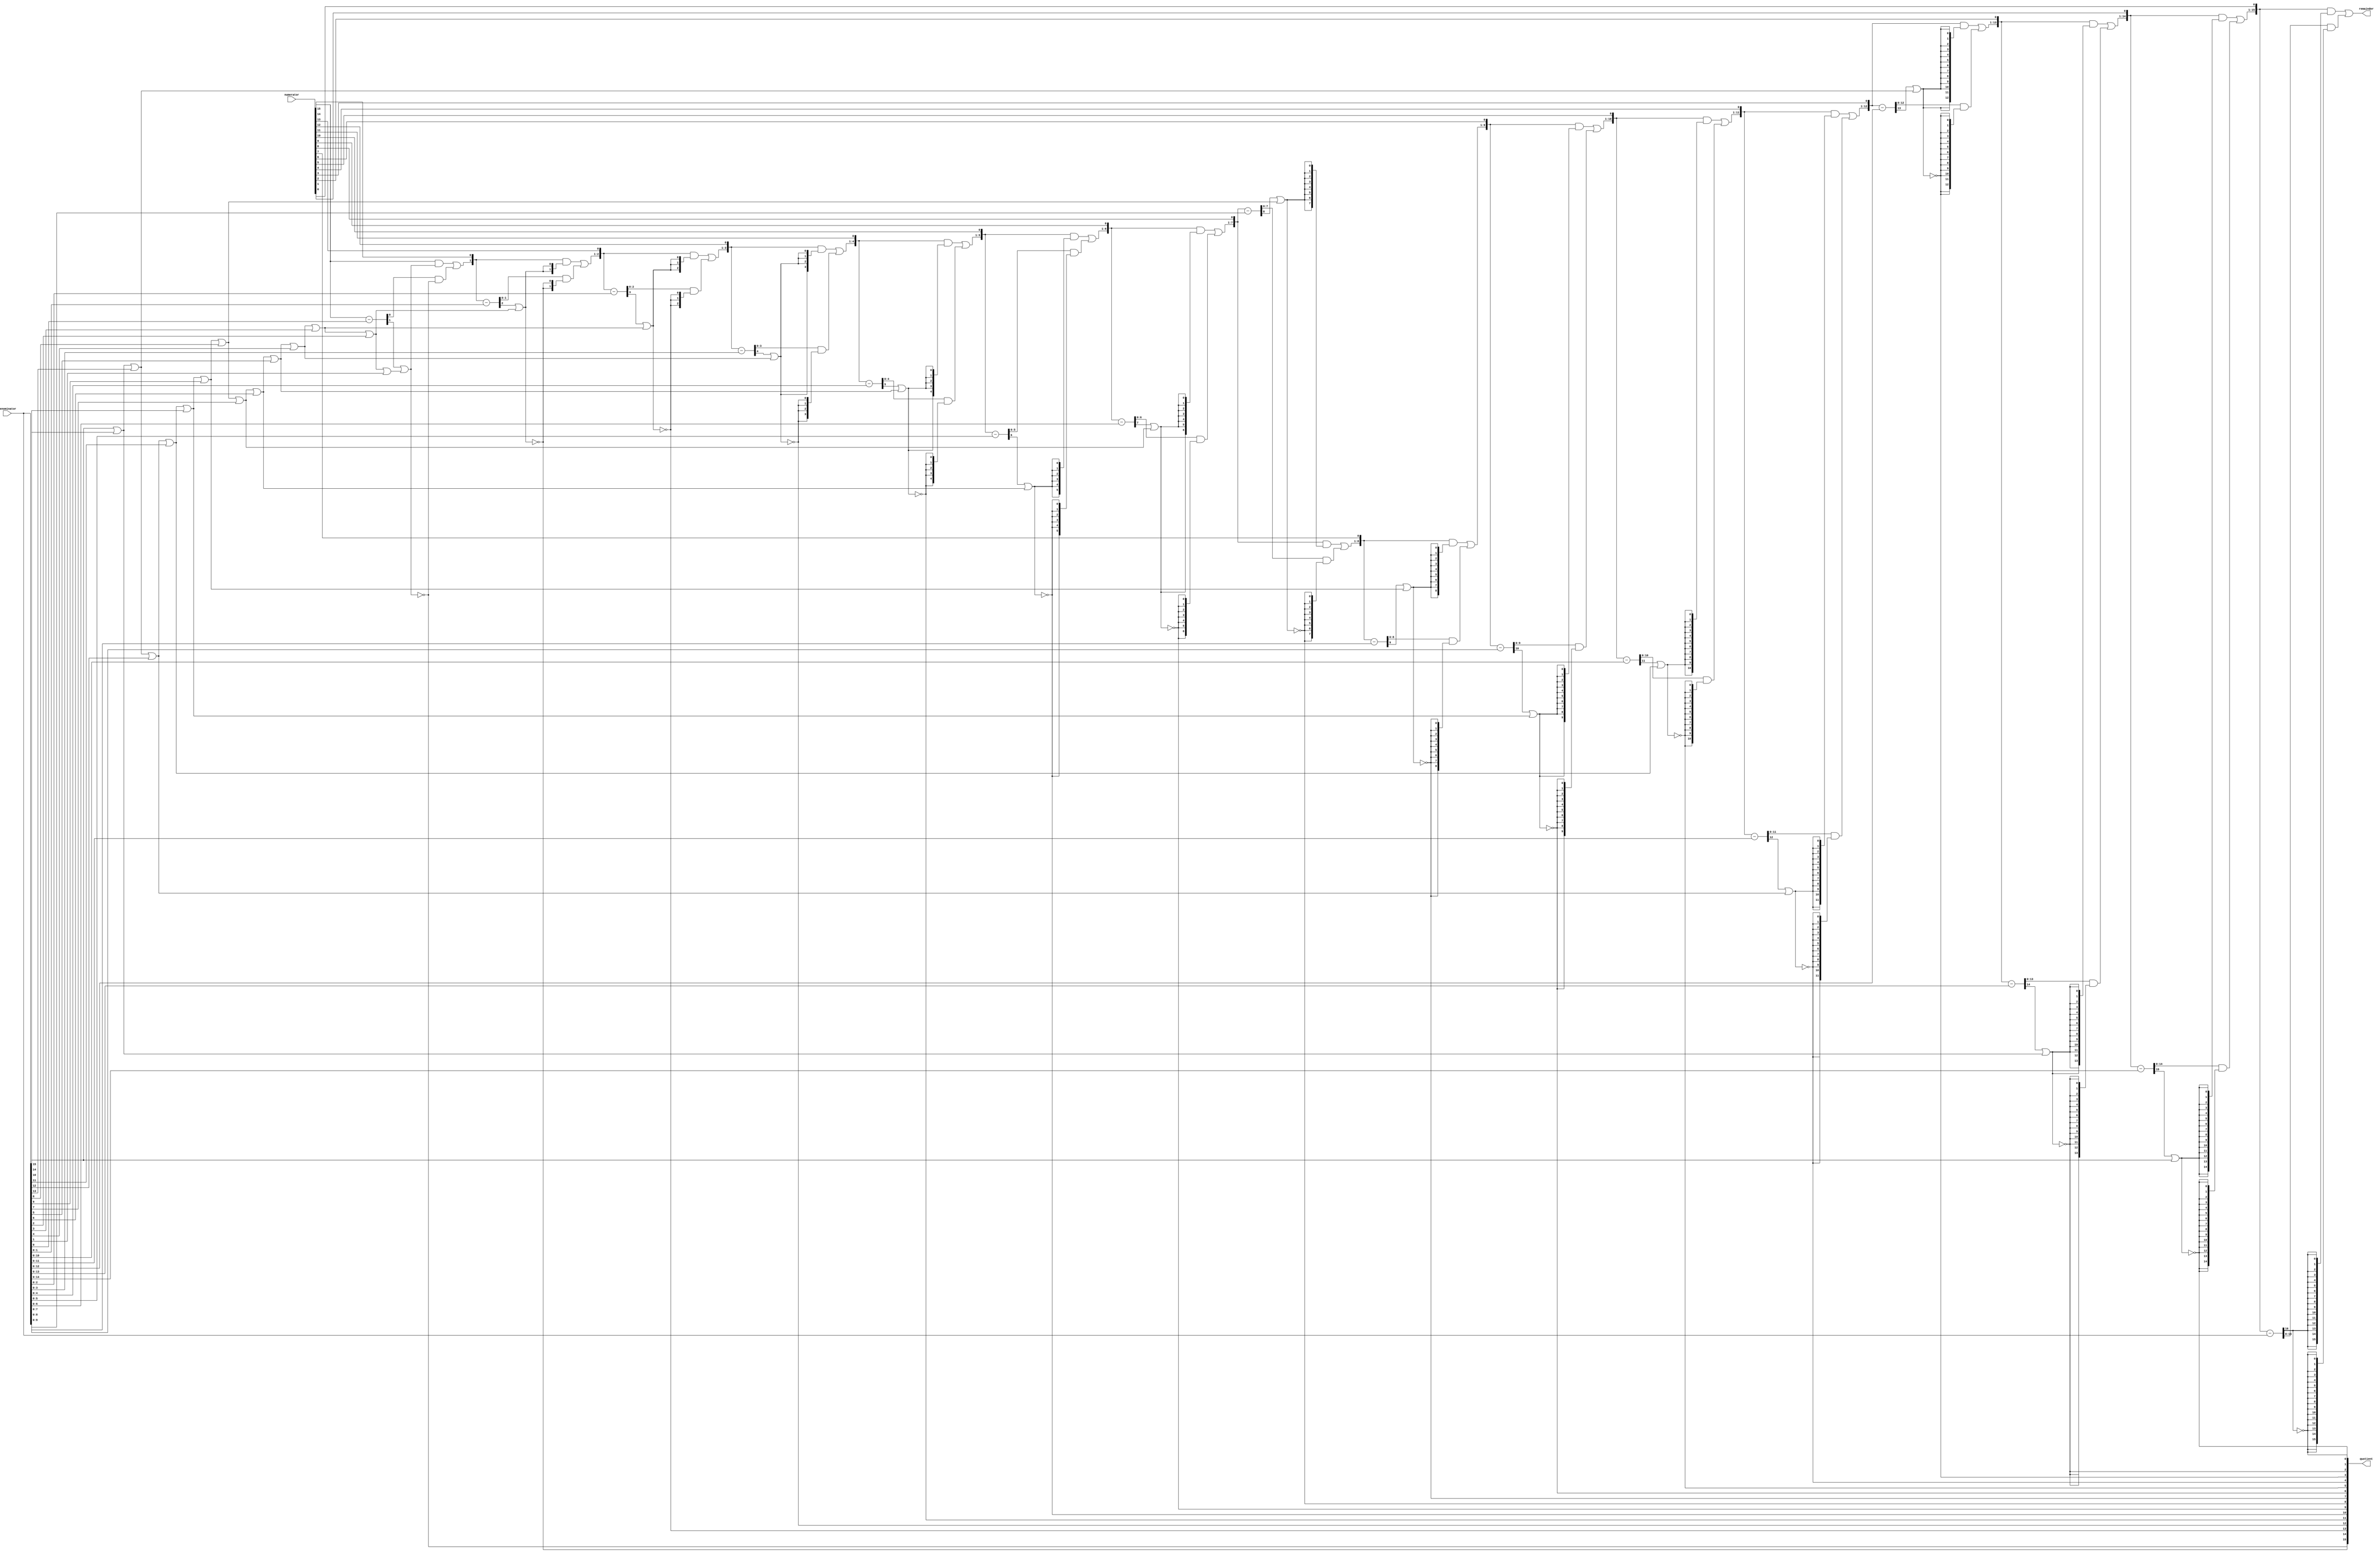
// megafunction wizard: %LPM_DIVIDE%
// GENERATION: STANDARD
// VERSION: WM1.0
// MODULE: LPM_DIVIDE 

// ============================================================
// Megafunction Name(s):
// 			LPM_DIVIDE
//
// Simulation Library Files(s):
// 			lpm
// ============================================================
// ************************************************************
// THIS IS A WIZARD-GENERATED FILE. DO NOT EDIT THIS FILE!
//
// 16.1.2 Build 203 01/18/2017 SJ Standard Edition
// ************************************************************


//Copyright (C) 2017  Intel Corporation. All rights reserved.
//Your use of Intel Corporation's design tools, logic functions 
//and other software and tools, and its AMPP partner logic 
//functions, and any output files from any of the foregoing 
//(including device programming or simulation files), and any 
//associated documentation or information are expressly subject 
//to the terms and conditions of the Intel Program License 
//Subscription Agreement, the Intel Quartus Prime License Agreement,
//the Intel MegaCore Function License Agreement, or other 
//applicable license agreement, including, without limitation, 
//that your use is for the sole purpose of programming logic 
//devices manufactured by Intel and sold by Intel or its 
//authorized distributors.  Please refer to the applicable 
//agreement for further details.


//lpm_divide DEVICE_FAMILY="Cyclone V" LPM_DREPRESENTATION="UNSIGNED" LPM_NREPRESENTATION="UNSIGNED" LPM_REMAINDERPOSITIVE="TRUE" LPM_WIDTHD=16 LPM_WIDTHN=16 MAXIMIZE_SPEED=6 denom numer quotient remain
//VERSION_BEGIN 16.1 cbx_cycloneii 2017:01:18:18:20:37:SJ cbx_lpm_abs 2017:01:18:18:20:37:SJ cbx_lpm_add_sub 2017:01:18:18:20:37:SJ cbx_lpm_divide 2017:01:18:18:20:37:SJ cbx_mgl 2017:01:18:18:27:06:SJ cbx_nadder 2017:01:18:18:20:37:SJ cbx_stratix 2017:01:18:18:20:37:SJ cbx_stratixii 2017:01:18:18:20:37:SJ cbx_util_mgl 2017:01:18:18:20:37:SJ  VERSION_END
// synthesis VERILOG_INPUT_VERSION VERILOG_2001
// altera message_off 10463



//sign_div_unsign DEN_REPRESENTATION="UNSIGNED" DEN_WIDTH=16 LPM_PIPELINE=0 MAXIMIZE_SPEED=6 NUM_REPRESENTATION="UNSIGNED" NUM_WIDTH=16 SKIP_BITS=0 denominator numerator quotient remainder
//VERSION_BEGIN 16.1 cbx_cycloneii 2017:01:18:18:20:37:SJ cbx_lpm_abs 2017:01:18:18:20:37:SJ cbx_lpm_add_sub 2017:01:18:18:20:37:SJ cbx_lpm_divide 2017:01:18:18:20:37:SJ cbx_mgl 2017:01:18:18:27:06:SJ cbx_nadder 2017:01:18:18:20:37:SJ cbx_stratix 2017:01:18:18:20:37:SJ cbx_stratixii 2017:01:18:18:20:37:SJ cbx_util_mgl 2017:01:18:18:20:37:SJ  VERSION_END


//alt_u_div DEVICE_FAMILY="Cyclone V" LPM_PIPELINE=0 MAXIMIZE_SPEED=6 SKIP_BITS=0 WIDTH_D=16 WIDTH_N=16 WIDTH_Q=16 WIDTH_R=16 denominator numerator quotient remainder
//VERSION_BEGIN 16.1 cbx_cycloneii 2017:01:18:18:20:37:SJ cbx_lpm_abs 2017:01:18:18:20:37:SJ cbx_lpm_add_sub 2017:01:18:18:20:37:SJ cbx_lpm_divide 2017:01:18:18:20:37:SJ cbx_mgl 2017:01:18:18:27:06:SJ cbx_nadder 2017:01:18:18:20:37:SJ cbx_stratix 2017:01:18:18:20:37:SJ cbx_stratixii 2017:01:18:18:20:37:SJ cbx_util_mgl 2017:01:18:18:20:37:SJ  VERSION_END


//lpm_add_sub DEVICE_FAMILY="Cyclone V" LPM_DIRECTION="SUB" LPM_WIDTH=1 cout dataa datab result
//VERSION_BEGIN 16.1 cbx_cycloneii 2017:01:18:18:20:37:SJ cbx_lpm_add_sub 2017:01:18:18:20:37:SJ cbx_mgl 2017:01:18:18:27:06:SJ cbx_nadder 2017:01:18:18:20:37:SJ cbx_stratix 2017:01:18:18:20:37:SJ cbx_stratixii 2017:01:18:18:20:37:SJ  VERSION_END


//lpm_add_sub DEVICE_FAMILY="Cyclone V" LPM_DIRECTION="SUB" LPM_WIDTH=2 cout dataa datab result
//VERSION_BEGIN 16.1 cbx_cycloneii 2017:01:18:18:20:37:SJ cbx_lpm_add_sub 2017:01:18:18:20:37:SJ cbx_mgl 2017:01:18:18:27:06:SJ cbx_nadder 2017:01:18:18:20:37:SJ cbx_stratix 2017:01:18:18:20:37:SJ cbx_stratixii 2017:01:18:18:20:37:SJ  VERSION_END


//lpm_add_sub DEVICE_FAMILY="Cyclone V" LPM_DIRECTION="SUB" LPM_WIDTH=11 cout dataa datab result
//VERSION_BEGIN 16.1 cbx_cycloneii 2017:01:18:18:20:37:SJ cbx_lpm_add_sub 2017:01:18:18:20:37:SJ cbx_mgl 2017:01:18:18:27:06:SJ cbx_nadder 2017:01:18:18:20:37:SJ cbx_stratix 2017:01:18:18:20:37:SJ cbx_stratixii 2017:01:18:18:20:37:SJ  VERSION_END


//lpm_add_sub DEVICE_FAMILY="Cyclone V" LPM_DIRECTION="SUB" LPM_WIDTH=12 cout dataa datab result
//VERSION_BEGIN 16.1 cbx_cycloneii 2017:01:18:18:20:37:SJ cbx_lpm_add_sub 2017:01:18:18:20:37:SJ cbx_mgl 2017:01:18:18:27:06:SJ cbx_nadder 2017:01:18:18:20:37:SJ cbx_stratix 2017:01:18:18:20:37:SJ cbx_stratixii 2017:01:18:18:20:37:SJ  VERSION_END


//lpm_add_sub DEVICE_FAMILY="Cyclone V" LPM_DIRECTION="SUB" LPM_WIDTH=13 cout dataa datab result
//VERSION_BEGIN 16.1 cbx_cycloneii 2017:01:18:18:20:37:SJ cbx_lpm_add_sub 2017:01:18:18:20:37:SJ cbx_mgl 2017:01:18:18:27:06:SJ cbx_nadder 2017:01:18:18:20:37:SJ cbx_stratix 2017:01:18:18:20:37:SJ cbx_stratixii 2017:01:18:18:20:37:SJ  VERSION_END


//lpm_add_sub DEVICE_FAMILY="Cyclone V" LPM_DIRECTION="SUB" LPM_WIDTH=14 cout dataa datab result
//VERSION_BEGIN 16.1 cbx_cycloneii 2017:01:18:18:20:37:SJ cbx_lpm_add_sub 2017:01:18:18:20:37:SJ cbx_mgl 2017:01:18:18:27:06:SJ cbx_nadder 2017:01:18:18:20:37:SJ cbx_stratix 2017:01:18:18:20:37:SJ cbx_stratixii 2017:01:18:18:20:37:SJ  VERSION_END


//lpm_add_sub DEVICE_FAMILY="Cyclone V" LPM_DIRECTION="SUB" LPM_WIDTH=15 cout dataa datab result
//VERSION_BEGIN 16.1 cbx_cycloneii 2017:01:18:18:20:37:SJ cbx_lpm_add_sub 2017:01:18:18:20:37:SJ cbx_mgl 2017:01:18:18:27:06:SJ cbx_nadder 2017:01:18:18:20:37:SJ cbx_stratix 2017:01:18:18:20:37:SJ cbx_stratixii 2017:01:18:18:20:37:SJ  VERSION_END


//lpm_add_sub DEVICE_FAMILY="Cyclone V" LPM_DIRECTION="SUB" LPM_WIDTH=16 cout dataa datab result
//VERSION_BEGIN 16.1 cbx_cycloneii 2017:01:18:18:20:37:SJ cbx_lpm_add_sub 2017:01:18:18:20:37:SJ cbx_mgl 2017:01:18:18:27:06:SJ cbx_nadder 2017:01:18:18:20:37:SJ cbx_stratix 2017:01:18:18:20:37:SJ cbx_stratixii 2017:01:18:18:20:37:SJ  VERSION_END


//lpm_add_sub DEVICE_FAMILY="Cyclone V" LPM_DIRECTION="SUB" LPM_WIDTH=3 cout dataa datab result
//VERSION_BEGIN 16.1 cbx_cycloneii 2017:01:18:18:20:37:SJ cbx_lpm_add_sub 2017:01:18:18:20:37:SJ cbx_mgl 2017:01:18:18:27:06:SJ cbx_nadder 2017:01:18:18:20:37:SJ cbx_stratix 2017:01:18:18:20:37:SJ cbx_stratixii 2017:01:18:18:20:37:SJ  VERSION_END


//lpm_add_sub DEVICE_FAMILY="Cyclone V" LPM_DIRECTION="SUB" LPM_WIDTH=4 cout dataa datab result
//VERSION_BEGIN 16.1 cbx_cycloneii 2017:01:18:18:20:37:SJ cbx_lpm_add_sub 2017:01:18:18:20:37:SJ cbx_mgl 2017:01:18:18:27:06:SJ cbx_nadder 2017:01:18:18:20:37:SJ cbx_stratix 2017:01:18:18:20:37:SJ cbx_stratixii 2017:01:18:18:20:37:SJ  VERSION_END


//lpm_add_sub DEVICE_FAMILY="Cyclone V" LPM_DIRECTION="SUB" LPM_WIDTH=5 cout dataa datab result
//VERSION_BEGIN 16.1 cbx_cycloneii 2017:01:18:18:20:37:SJ cbx_lpm_add_sub 2017:01:18:18:20:37:SJ cbx_mgl 2017:01:18:18:27:06:SJ cbx_nadder 2017:01:18:18:20:37:SJ cbx_stratix 2017:01:18:18:20:37:SJ cbx_stratixii 2017:01:18:18:20:37:SJ  VERSION_END


//lpm_add_sub DEVICE_FAMILY="Cyclone V" LPM_DIRECTION="SUB" LPM_WIDTH=6 cout dataa datab result
//VERSION_BEGIN 16.1 cbx_cycloneii 2017:01:18:18:20:37:SJ cbx_lpm_add_sub 2017:01:18:18:20:37:SJ cbx_mgl 2017:01:18:18:27:06:SJ cbx_nadder 2017:01:18:18:20:37:SJ cbx_stratix 2017:01:18:18:20:37:SJ cbx_stratixii 2017:01:18:18:20:37:SJ  VERSION_END


//lpm_add_sub DEVICE_FAMILY="Cyclone V" LPM_DIRECTION="SUB" LPM_WIDTH=7 cout dataa datab result
//VERSION_BEGIN 16.1 cbx_cycloneii 2017:01:18:18:20:37:SJ cbx_lpm_add_sub 2017:01:18:18:20:37:SJ cbx_mgl 2017:01:18:18:27:06:SJ cbx_nadder 2017:01:18:18:20:37:SJ cbx_stratix 2017:01:18:18:20:37:SJ cbx_stratixii 2017:01:18:18:20:37:SJ  VERSION_END


//lpm_add_sub DEVICE_FAMILY="Cyclone V" LPM_DIRECTION="SUB" LPM_WIDTH=8 cout dataa datab result
//VERSION_BEGIN 16.1 cbx_cycloneii 2017:01:18:18:20:37:SJ cbx_lpm_add_sub 2017:01:18:18:20:37:SJ cbx_mgl 2017:01:18:18:27:06:SJ cbx_nadder 2017:01:18:18:20:37:SJ cbx_stratix 2017:01:18:18:20:37:SJ cbx_stratixii 2017:01:18:18:20:37:SJ  VERSION_END


//lpm_add_sub DEVICE_FAMILY="Cyclone V" LPM_DIRECTION="SUB" LPM_WIDTH=9 cout dataa datab result
//VERSION_BEGIN 16.1 cbx_cycloneii 2017:01:18:18:20:37:SJ cbx_lpm_add_sub 2017:01:18:18:20:37:SJ cbx_mgl 2017:01:18:18:27:06:SJ cbx_nadder 2017:01:18:18:20:37:SJ cbx_stratix 2017:01:18:18:20:37:SJ cbx_stratixii 2017:01:18:18:20:37:SJ  VERSION_END


//lpm_add_sub DEVICE_FAMILY="Cyclone V" LPM_DIRECTION="SUB" LPM_WIDTH=10 cout dataa datab result
//VERSION_BEGIN 16.1 cbx_cycloneii 2017:01:18:18:20:37:SJ cbx_lpm_add_sub 2017:01:18:18:20:37:SJ cbx_mgl 2017:01:18:18:27:06:SJ cbx_nadder 2017:01:18:18:20:37:SJ cbx_stratix 2017:01:18:18:20:37:SJ cbx_stratixii 2017:01:18:18:20:37:SJ  VERSION_END

//synthesis_resources = lut 152 
//synopsys translate_off
`timescale 1 ps / 1 ps
//synopsys translate_on
module  peak_divide_alt_u_div
	( 
	denominator,
	numerator,
	quotient,
	remainder) /* synthesis synthesis_clearbox=1 */;
	input   [15:0]  denominator;
	input   [15:0]  numerator;
	output   [15:0]  quotient;
	output   [15:0]  remainder;

	wire	[1:0]	wire_add_sub_0_result_int;
	wire	wire_add_sub_0_cout;
	wire	[0:0]	wire_add_sub_0_dataa;
	wire	[0:0]	wire_add_sub_0_datab;
	wire	[0:0]	wire_add_sub_0_result;
	wire	[2:0]	wire_add_sub_1_result_int;
	wire	wire_add_sub_1_cout;
	wire	[1:0]	wire_add_sub_1_dataa;
	wire	[1:0]	wire_add_sub_1_datab;
	wire	[1:0]	wire_add_sub_1_result;
	wire	[11:0]	wire_add_sub_10_result_int;
	wire	wire_add_sub_10_cout;
	wire	[10:0]	wire_add_sub_10_dataa;
	wire	[10:0]	wire_add_sub_10_datab;
	wire	[10:0]	wire_add_sub_10_result;
	wire	[12:0]	wire_add_sub_11_result_int;
	wire	wire_add_sub_11_cout;
	wire	[11:0]	wire_add_sub_11_dataa;
	wire	[11:0]	wire_add_sub_11_datab;
	wire	[11:0]	wire_add_sub_11_result;
	wire	[13:0]	wire_add_sub_12_result_int;
	wire	wire_add_sub_12_cout;
	wire	[12:0]	wire_add_sub_12_dataa;
	wire	[12:0]	wire_add_sub_12_datab;
	wire	[12:0]	wire_add_sub_12_result;
	wire	[14:0]	wire_add_sub_13_result_int;
	wire	wire_add_sub_13_cout;
	wire	[13:0]	wire_add_sub_13_dataa;
	wire	[13:0]	wire_add_sub_13_datab;
	wire	[13:0]	wire_add_sub_13_result;
	wire	[15:0]	wire_add_sub_14_result_int;
	wire	wire_add_sub_14_cout;
	wire	[14:0]	wire_add_sub_14_dataa;
	wire	[14:0]	wire_add_sub_14_datab;
	wire	[14:0]	wire_add_sub_14_result;
	wire	[16:0]	wire_add_sub_15_result_int;
	wire	wire_add_sub_15_cout;
	wire	[15:0]	wire_add_sub_15_dataa;
	wire	[15:0]	wire_add_sub_15_datab;
	wire	[15:0]	wire_add_sub_15_result;
	wire	[3:0]	wire_add_sub_2_result_int;
	wire	wire_add_sub_2_cout;
	wire	[2:0]	wire_add_sub_2_dataa;
	wire	[2:0]	wire_add_sub_2_datab;
	wire	[2:0]	wire_add_sub_2_result;
	wire	[4:0]	wire_add_sub_3_result_int;
	wire	wire_add_sub_3_cout;
	wire	[3:0]	wire_add_sub_3_dataa;
	wire	[3:0]	wire_add_sub_3_datab;
	wire	[3:0]	wire_add_sub_3_result;
	wire	[5:0]	wire_add_sub_4_result_int;
	wire	wire_add_sub_4_cout;
	wire	[4:0]	wire_add_sub_4_dataa;
	wire	[4:0]	wire_add_sub_4_datab;
	wire	[4:0]	wire_add_sub_4_result;
	wire	[6:0]	wire_add_sub_5_result_int;
	wire	wire_add_sub_5_cout;
	wire	[5:0]	wire_add_sub_5_dataa;
	wire	[5:0]	wire_add_sub_5_datab;
	wire	[5:0]	wire_add_sub_5_result;
	wire	[7:0]	wire_add_sub_6_result_int;
	wire	wire_add_sub_6_cout;
	wire	[6:0]	wire_add_sub_6_dataa;
	wire	[6:0]	wire_add_sub_6_datab;
	wire	[6:0]	wire_add_sub_6_result;
	wire	[8:0]	wire_add_sub_7_result_int;
	wire	wire_add_sub_7_cout;
	wire	[7:0]	wire_add_sub_7_dataa;
	wire	[7:0]	wire_add_sub_7_datab;
	wire	[7:0]	wire_add_sub_7_result;
	wire	[9:0]	wire_add_sub_8_result_int;
	wire	wire_add_sub_8_cout;
	wire	[8:0]	wire_add_sub_8_dataa;
	wire	[8:0]	wire_add_sub_8_datab;
	wire	[8:0]	wire_add_sub_8_result;
	wire	[10:0]	wire_add_sub_9_result_int;
	wire	wire_add_sub_9_cout;
	wire	[9:0]	wire_add_sub_9_dataa;
	wire	[9:0]	wire_add_sub_9_datab;
	wire	[9:0]	wire_add_sub_9_result;
	wire  [288:0]  DenominatorIn;
	wire  [288:0]  DenominatorIn_tmp;
	wire  gnd_wire;
	wire  [271:0]  nose;
	wire  [271:0]  NumeratorIn;
	wire  [271:0]  NumeratorIn_tmp;
	wire  [255:0]  prestg;
	wire  [15:0]  quotient_tmp;
	wire  [271:0]  sel;
	wire  [271:0]  selnose;
	wire  [271:0]  StageIn;
	wire  [271:0]  StageIn_tmp;
	wire  [255:0]  StageOut;

	assign
		wire_add_sub_0_result_int = wire_add_sub_0_dataa - wire_add_sub_0_datab;
	assign
		wire_add_sub_0_result = wire_add_sub_0_result_int[0:0],
		wire_add_sub_0_cout = ~wire_add_sub_0_result_int[1:1];
	assign
		wire_add_sub_0_dataa = NumeratorIn[15],
		wire_add_sub_0_datab = DenominatorIn[0];
	assign
		wire_add_sub_1_result_int = wire_add_sub_1_dataa - wire_add_sub_1_datab;
	assign
		wire_add_sub_1_result = wire_add_sub_1_result_int[1:0],
		wire_add_sub_1_cout = ~wire_add_sub_1_result_int[2:2];
	assign
		wire_add_sub_1_dataa = {StageIn[16], NumeratorIn[30]},
		wire_add_sub_1_datab = DenominatorIn[18:17];
	assign
		wire_add_sub_10_result_int = wire_add_sub_10_dataa - wire_add_sub_10_datab;
	assign
		wire_add_sub_10_result = wire_add_sub_10_result_int[10:0],
		wire_add_sub_10_cout = ~wire_add_sub_10_result_int[11:11];
	assign
		wire_add_sub_10_dataa = {StageIn[169:160], NumeratorIn[165]},
		wire_add_sub_10_datab = DenominatorIn[180:170];
	assign
		wire_add_sub_11_result_int = wire_add_sub_11_dataa - wire_add_sub_11_datab;
	assign
		wire_add_sub_11_result = wire_add_sub_11_result_int[11:0],
		wire_add_sub_11_cout = ~wire_add_sub_11_result_int[12:12];
	assign
		wire_add_sub_11_dataa = {StageIn[186:176], NumeratorIn[180]},
		wire_add_sub_11_datab = DenominatorIn[198:187];
	assign
		wire_add_sub_12_result_int = wire_add_sub_12_dataa - wire_add_sub_12_datab;
	assign
		wire_add_sub_12_result = wire_add_sub_12_result_int[12:0],
		wire_add_sub_12_cout = ~wire_add_sub_12_result_int[13:13];
	assign
		wire_add_sub_12_dataa = {StageIn[203:192], NumeratorIn[195]},
		wire_add_sub_12_datab = DenominatorIn[216:204];
	assign
		wire_add_sub_13_result_int = wire_add_sub_13_dataa - wire_add_sub_13_datab;
	assign
		wire_add_sub_13_result = wire_add_sub_13_result_int[13:0],
		wire_add_sub_13_cout = ~wire_add_sub_13_result_int[14:14];
	assign
		wire_add_sub_13_dataa = {StageIn[220:208], NumeratorIn[210]},
		wire_add_sub_13_datab = DenominatorIn[234:221];
	assign
		wire_add_sub_14_result_int = wire_add_sub_14_dataa - wire_add_sub_14_datab;
	assign
		wire_add_sub_14_result = wire_add_sub_14_result_int[14:0],
		wire_add_sub_14_cout = ~wire_add_sub_14_result_int[15:15];
	assign
		wire_add_sub_14_dataa = {StageIn[237:224], NumeratorIn[225]},
		wire_add_sub_14_datab = DenominatorIn[252:238];
	assign
		wire_add_sub_15_result_int = wire_add_sub_15_dataa - wire_add_sub_15_datab;
	assign
		wire_add_sub_15_result = wire_add_sub_15_result_int[15:0],
		wire_add_sub_15_cout = ~wire_add_sub_15_result_int[16:16];
	assign
		wire_add_sub_15_dataa = {StageIn[254:240], NumeratorIn[240]},
		wire_add_sub_15_datab = DenominatorIn[270:255];
	assign
		wire_add_sub_2_result_int = wire_add_sub_2_dataa - wire_add_sub_2_datab;
	assign
		wire_add_sub_2_result = wire_add_sub_2_result_int[2:0],
		wire_add_sub_2_cout = ~wire_add_sub_2_result_int[3:3];
	assign
		wire_add_sub_2_dataa = {StageIn[33:32], NumeratorIn[45]},
		wire_add_sub_2_datab = DenominatorIn[36:34];
	assign
		wire_add_sub_3_result_int = wire_add_sub_3_dataa - wire_add_sub_3_datab;
	assign
		wire_add_sub_3_result = wire_add_sub_3_result_int[3:0],
		wire_add_sub_3_cout = ~wire_add_sub_3_result_int[4:4];
	assign
		wire_add_sub_3_dataa = {StageIn[50:48], NumeratorIn[60]},
		wire_add_sub_3_datab = DenominatorIn[54:51];
	assign
		wire_add_sub_4_result_int = wire_add_sub_4_dataa - wire_add_sub_4_datab;
	assign
		wire_add_sub_4_result = wire_add_sub_4_result_int[4:0],
		wire_add_sub_4_cout = ~wire_add_sub_4_result_int[5:5];
	assign
		wire_add_sub_4_dataa = {StageIn[67:64], NumeratorIn[75]},
		wire_add_sub_4_datab = DenominatorIn[72:68];
	assign
		wire_add_sub_5_result_int = wire_add_sub_5_dataa - wire_add_sub_5_datab;
	assign
		wire_add_sub_5_result = wire_add_sub_5_result_int[5:0],
		wire_add_sub_5_cout = ~wire_add_sub_5_result_int[6:6];
	assign
		wire_add_sub_5_dataa = {StageIn[84:80], NumeratorIn[90]},
		wire_add_sub_5_datab = DenominatorIn[90:85];
	assign
		wire_add_sub_6_result_int = wire_add_sub_6_dataa - wire_add_sub_6_datab;
	assign
		wire_add_sub_6_result = wire_add_sub_6_result_int[6:0],
		wire_add_sub_6_cout = ~wire_add_sub_6_result_int[7:7];
	assign
		wire_add_sub_6_dataa = {StageIn[101:96], NumeratorIn[105]},
		wire_add_sub_6_datab = DenominatorIn[108:102];
	assign
		wire_add_sub_7_result_int = wire_add_sub_7_dataa - wire_add_sub_7_datab;
	assign
		wire_add_sub_7_result = wire_add_sub_7_result_int[7:0],
		wire_add_sub_7_cout = ~wire_add_sub_7_result_int[8:8];
	assign
		wire_add_sub_7_dataa = {StageIn[118:112], NumeratorIn[120]},
		wire_add_sub_7_datab = DenominatorIn[126:119];
	assign
		wire_add_sub_8_result_int = wire_add_sub_8_dataa - wire_add_sub_8_datab;
	assign
		wire_add_sub_8_result = wire_add_sub_8_result_int[8:0],
		wire_add_sub_8_cout = ~wire_add_sub_8_result_int[9:9];
	assign
		wire_add_sub_8_dataa = {StageIn[135:128], NumeratorIn[135]},
		wire_add_sub_8_datab = DenominatorIn[144:136];
	assign
		wire_add_sub_9_result_int = wire_add_sub_9_dataa - wire_add_sub_9_datab;
	assign
		wire_add_sub_9_result = wire_add_sub_9_result_int[9:0],
		wire_add_sub_9_cout = ~wire_add_sub_9_result_int[10:10];
	assign
		wire_add_sub_9_dataa = {StageIn[152:144], NumeratorIn[150]},
		wire_add_sub_9_datab = DenominatorIn[162:153];
	assign
		DenominatorIn = DenominatorIn_tmp,
		DenominatorIn_tmp = {DenominatorIn[271:0], {gnd_wire, denominator}},
		gnd_wire = 1'b0,
		nose = {{16{1'b0}}, wire_add_sub_15_cout, {16{1'b0}}, wire_add_sub_14_cout, {16{1'b0}}, wire_add_sub_13_cout, {16{1'b0}}, wire_add_sub_12_cout, {16{1'b0}}, wire_add_sub_11_cout, {16{1'b0}}, wire_add_sub_10_cout, {16{1'b0}}, wire_add_sub_9_cout, {16{1'b0}}, wire_add_sub_8_cout, {16{1'b0}}, wire_add_sub_7_cout, {16{1'b0}}, wire_add_sub_6_cout, {16{1'b0}}, wire_add_sub_5_cout, {16{1'b0}}, wire_add_sub_4_cout, {16{1'b0}}, wire_add_sub_3_cout, {16{1'b0}}, wire_add_sub_2_cout, {16{1'b0}}, wire_add_sub_1_cout, {16{1'b0}}, wire_add_sub_0_cout},
		NumeratorIn = NumeratorIn_tmp,
		NumeratorIn_tmp = {NumeratorIn[255:0], numerator},
		prestg = {wire_add_sub_15_result, {1{1'b0}}, wire_add_sub_14_result, {2{1'b0}}, wire_add_sub_13_result, {3{1'b0}}, wire_add_sub_12_result, {4{1'b0}}, wire_add_sub_11_result, {5{1'b0}}, wire_add_sub_10_result, {6{1'b0}}, wire_add_sub_9_result, {7{1'b0}}, wire_add_sub_8_result, {8{1'b0}}, wire_add_sub_7_result, {9{1'b0}}, wire_add_sub_6_result, {10{1'b0}}, wire_add_sub_5_result, {11{1'b0}}, wire_add_sub_4_result, {12{1'b0}}, wire_add_sub_3_result, {13{1'b0}}, wire_add_sub_2_result, {14{1'b0}}, wire_add_sub_1_result, {15{1'b0}}, wire_add_sub_0_result},
		quotient = quotient_tmp,
		quotient_tmp = {(~ selnose[0]), (~ selnose[17]), (~ selnose[34]), (~ selnose[51]), (~ selnose[68]), (~ selnose[85]), (~ selnose[102]), (~ selnose[119]), (~ selnose[136]), (~ selnose[153]), (~ selnose[170]), (~ selnose[187]), (~ selnose[204]), (~ selnose[221]), (~ selnose[238]), (~ selnose[255])},
		remainder = StageIn[271:256],
		sel = {gnd_wire, (sel[271] | DenominatorIn[287]), (sel[270] | DenominatorIn[286]), (sel[269] | DenominatorIn[285]), (sel[268] | DenominatorIn[284]), (sel[267] | DenominatorIn[283]), (sel[266] | DenominatorIn[282]), (sel[265] | DenominatorIn[281]), (sel[264] | DenominatorIn[280]), (sel[263] | DenominatorIn[279]), (sel[262] | DenominatorIn[278]), (sel[261] | DenominatorIn[277]), (sel[260] | DenominatorIn[276]), (sel[259] | DenominatorIn[275]), (sel[258] | DenominatorIn[274]), (sel[257] | DenominatorIn[273]), gnd_wire, (sel[255] | DenominatorIn[270]), (sel[254] | DenominatorIn[269]), (sel[253] | DenominatorIn[268]), (sel[252] | DenominatorIn[267]), (sel[251] | DenominatorIn[266]), (sel[250] | DenominatorIn[265]), (sel[249] | DenominatorIn[264]), (sel[248] | DenominatorIn[263]), (sel[247] | DenominatorIn[262]), (sel[246] | DenominatorIn[261]), (sel[245] | DenominatorIn[260]), (sel[244] | DenominatorIn[259]), (sel[243] | DenominatorIn[258]), (sel[242] | DenominatorIn[257]), (sel[241] | DenominatorIn[256]), gnd_wire, (sel[239] | DenominatorIn[253]), (sel[238] | DenominatorIn[252]), (sel[237] | DenominatorIn[251]), (sel[236] | DenominatorIn[250]), (sel[235] | DenominatorIn[249]), (sel[234] | DenominatorIn[248]), (sel[233] | DenominatorIn[247]), (sel[232] | DenominatorIn[246]), (sel[231] | DenominatorIn[245]), (sel[230] | DenominatorIn[244]), (sel[229] | DenominatorIn[243]), (sel[228] | DenominatorIn[242]), (sel[227] | DenominatorIn[241]), (sel[226] | DenominatorIn[240]), (sel[225] | DenominatorIn[239]), gnd_wire, (sel[223] | DenominatorIn[236]), (sel[222] | DenominatorIn[235]), (sel[221] | DenominatorIn[234]), (sel[220] | DenominatorIn[233]), (sel[219] | DenominatorIn[232]), (sel[218] | DenominatorIn[231]), (sel[217] | DenominatorIn[230]), (sel[216] | DenominatorIn[229]), (sel[215] | DenominatorIn[228]), (sel[214] | DenominatorIn[227]), (sel[213] | DenominatorIn[226]), (sel[212] | DenominatorIn[225]), (sel[211] | DenominatorIn[224]), (sel[210] | DenominatorIn[223]), (sel[209] | DenominatorIn[222]), gnd_wire, (sel[207]
 | DenominatorIn[219]), (sel[206] | DenominatorIn[218]), (sel[205] | DenominatorIn[217]), (sel[204] | DenominatorIn[216]), (sel[203] | DenominatorIn[215]), (sel[202] | DenominatorIn[214]), (sel[201] | DenominatorIn[213]), (sel[200] | DenominatorIn[212]), (sel[199] | DenominatorIn[211]), (sel[198] | DenominatorIn[210]), (sel[197] | DenominatorIn[209]), (sel[196] | DenominatorIn[208]), (sel[195] | DenominatorIn[207]), (sel[194] | DenominatorIn[206]), (sel[193] | DenominatorIn[205]), gnd_wire, (sel[191] | DenominatorIn[202]), (sel[190] | DenominatorIn[201]), (sel[189] | DenominatorIn[200]), (sel[188] | DenominatorIn[199]), (sel[187] | DenominatorIn[198]), (sel[186] | DenominatorIn[197]), (sel[185] | DenominatorIn[196]), (sel[184] | DenominatorIn[195]), (sel[183] | DenominatorIn[194]), (sel[182] | DenominatorIn[193]), (sel[181] | DenominatorIn[192]), (sel[180] | DenominatorIn[191]), (sel[179] | DenominatorIn[190]), (sel[178] | DenominatorIn[189]), (sel[177] | DenominatorIn[188]), gnd_wire, (sel[175] | DenominatorIn[185]), (sel[174] | DenominatorIn[184]), (sel[173] | DenominatorIn[183]), (sel[172] | DenominatorIn[182]), (sel[171] | DenominatorIn[181]), (sel[170] | DenominatorIn[180]), (sel[169] | DenominatorIn[179]), (sel[168] | DenominatorIn[178]), (sel[167] | DenominatorIn[177]), (sel[166] | DenominatorIn[176]), (sel[165] | DenominatorIn[175]), (sel[164] | DenominatorIn[174]), (sel[163] | DenominatorIn[173]), (sel[162] | DenominatorIn[172]), (sel[161] | DenominatorIn[171]), gnd_wire, (sel[159] | DenominatorIn[168]), (sel[158] | DenominatorIn[167]), (sel[157] | DenominatorIn[166]), (sel[156] | DenominatorIn[165]), (sel[155] | DenominatorIn[164]), (sel[154] | DenominatorIn[163]), (sel[153] | DenominatorIn[162]), (sel[152] | DenominatorIn[161]), (sel[151] | DenominatorIn[160]), (sel[150] | DenominatorIn[159]), (sel[149] | DenominatorIn[158]), (sel[148] | DenominatorIn[157]), (sel[147] | DenominatorIn[156]), (sel[146] | DenominatorIn[155]), (sel[145] | DenominatorIn[154]), gnd_wire, (sel[143] | DenominatorIn[151]), (sel[142]
 | DenominatorIn[150]), (sel[141] | DenominatorIn[149]), (sel[140] | DenominatorIn[148]), (sel[139] | DenominatorIn[147]), (sel[138] | DenominatorIn[146]), (sel[137] | DenominatorIn[145]), (sel[136] | DenominatorIn[144]), (sel[135] | DenominatorIn[143]), (sel[134] | DenominatorIn[142]), (sel[133] | DenominatorIn[141]), (sel[132] | DenominatorIn[140]), (sel[131] | DenominatorIn[139]), (sel[130] | DenominatorIn[138]), (sel[129] | DenominatorIn[137]), gnd_wire, (sel[127] | DenominatorIn[134]), (sel[126] | DenominatorIn[133]), (sel[125] | DenominatorIn[132]), (sel[124] | DenominatorIn[131]), (sel[123] | DenominatorIn[130]), (sel[122] | DenominatorIn[129]), (sel[121] | DenominatorIn[128]), (sel[120] | DenominatorIn[127]), (sel[119] | DenominatorIn[126]), (sel[118] | DenominatorIn[125]), (sel[117] | DenominatorIn[124]), (sel[116] | DenominatorIn[123]), (sel[115] | DenominatorIn[122]), (sel[114] | DenominatorIn[121]), (sel[113] | DenominatorIn[120]), gnd_wire, (sel[111] | DenominatorIn[117]), (sel[110] | DenominatorIn[116]), (sel[109] | DenominatorIn[115]), (sel[108] | DenominatorIn[114]), (sel[107] | DenominatorIn[113]), (sel[106] | DenominatorIn[112]), (sel[105] | DenominatorIn[111]), (sel[104] | DenominatorIn[110]), (sel[103] | DenominatorIn[109]), (sel[102] | DenominatorIn[108]), (sel[101] | DenominatorIn[107]), (sel[100] | DenominatorIn[106]), (sel[99] | DenominatorIn[105]), (sel[98] | DenominatorIn[104]), (sel[97] | DenominatorIn[103]), gnd_wire, (sel[95] | DenominatorIn[100]), (sel[94] | DenominatorIn[99]), (sel[93] | DenominatorIn[98]), (sel[92] | DenominatorIn[97]), (sel[91] | DenominatorIn[96]), (sel[90] | DenominatorIn[95]), (sel[89] | DenominatorIn[94]), (sel[88] | DenominatorIn[93]), (sel[87] | DenominatorIn[92]), (sel[86] | DenominatorIn[91]), (sel[85] | DenominatorIn[90]), (sel[84] | DenominatorIn[89]), (sel[83] | DenominatorIn[88]), (sel[82] | DenominatorIn[87]), (sel[81] | DenominatorIn[86]), gnd_wire, (sel[79] | DenominatorIn[83]), (sel[78] | DenominatorIn[82]), (sel[77] | DenominatorIn[81]), (sel[76] |
 DenominatorIn[80]), (sel[75] | DenominatorIn[79]), (sel[74] | DenominatorIn[78]), (sel[73] | DenominatorIn[77]), (sel[72] | DenominatorIn[76]), (sel[71] | DenominatorIn[75]), (sel[70] | DenominatorIn[74]), (sel[69] | DenominatorIn[73]), (sel[68] | DenominatorIn[72]), (sel[67] | DenominatorIn[71]), (sel[66] | DenominatorIn[70]), (sel[65] | DenominatorIn[69]), gnd_wire, (sel[63] | DenominatorIn[66]), (sel[62] | DenominatorIn[65]), (sel[61] | DenominatorIn[64]), (sel[60] | DenominatorIn[63]), (sel[59] | DenominatorIn[62]), (sel[58] | DenominatorIn[61]), (sel[57] | DenominatorIn[60]), (sel[56] | DenominatorIn[59]), (sel[55] | DenominatorIn[58]), (sel[54] | DenominatorIn[57]), (sel[53] | DenominatorIn[56]), (sel[52] | DenominatorIn[55]), (sel[51] | DenominatorIn[54]), (sel[50] | DenominatorIn[53]), (sel[49] | DenominatorIn[52]), gnd_wire, (sel[47] | DenominatorIn[49]), (sel[46] | DenominatorIn[48]), (sel[45] | DenominatorIn[47]), (sel[44] | DenominatorIn[46]), (sel[43] | DenominatorIn[45]), (sel[42] | DenominatorIn[44]), (sel[41] | DenominatorIn[43]), (sel[40] | DenominatorIn[42]), (sel[39] | DenominatorIn[41]), (sel[38] | DenominatorIn[40]), (sel[37] | DenominatorIn[39]), (sel[36] | DenominatorIn[38]), (sel[35] | DenominatorIn[37]), (sel[34] | DenominatorIn[36]), (sel[33] | DenominatorIn[35]), gnd_wire, (sel[31] | DenominatorIn[32]), (sel[30] | DenominatorIn[31]), (sel[29] | DenominatorIn[30]), (sel[28] | DenominatorIn[29]), (sel[27] | DenominatorIn[28]), (sel[26] | DenominatorIn[27]), (sel[25] | DenominatorIn[26]), (sel[24] | DenominatorIn[25]), (sel[23] | DenominatorIn[24]), (sel[22] | DenominatorIn[23]), (sel[21] | DenominatorIn[22]), (sel[20] | DenominatorIn[21]), (sel[19] | DenominatorIn[20]), (sel[18] | DenominatorIn[19]), (sel[17] | DenominatorIn[18]), gnd_wire, (sel[15] | DenominatorIn[15]), (sel[14] | DenominatorIn[14]), (sel[13] | DenominatorIn[13]), (sel[12] | DenominatorIn[12]), (sel[11] | DenominatorIn[11]), (sel[10] | DenominatorIn[10]), (sel[9] | DenominatorIn[9]), (sel[8] | DenominatorIn[8]), (sel[7]
 | DenominatorIn[7]), (sel[6] | DenominatorIn[6]), (sel[5] | DenominatorIn[5]), (sel[4] | DenominatorIn[4]), (sel[3] | DenominatorIn[3]), (sel[2] | DenominatorIn[2]), (sel[1] | DenominatorIn[1])},
		selnose = {((~ nose[271]) | sel[271]), ((~ nose[270]) | sel[270]), ((~ nose[269]) | sel[269]), ((~ nose[268]) | sel[268]), ((~ nose[267]) | sel[267]), ((~ nose[266]) | sel[266]), ((~ nose[265]) | sel[265]), ((~ nose[264]) | sel[264]), ((~ nose[263]) | sel[263]), ((~ nose[262]) | sel[262]), ((~ nose[261]) | sel[261]), ((~ nose[260]) | sel[260]), ((~ nose[259]) | sel[259]), ((~ nose[258]) | sel[258]), ((~ nose[257]) | sel[257]), ((~ nose[256]) | sel[256]), ((~ nose[255]) | sel[255]), ((~ nose[254]) | sel[254]), ((~ nose[253]) | sel[253]), ((~ nose[252]) | sel[252]), ((~ nose[251]) | sel[251]), ((~ nose[250]) | sel[250]), ((~ nose[249]) | sel[249]), ((~ nose[248]) | sel[248]), ((~ nose[247]) | sel[247]), ((~ nose[246]) | sel[246]), ((~ nose[245]) | sel[245]), ((~ nose[244]) | sel[244]), ((~ nose[243]) | sel[243]), ((~ nose[242]) | sel[242]), ((~ nose[241]) | sel[241]), ((~ nose[240]) | sel[240]), ((~ nose[239]) | sel[239]), ((~ nose[238]) | sel[238]), ((~ nose[237]) | sel[237]), ((~ nose[236]) | sel[236]), ((~ nose[235]) | sel[235]), ((~ nose[234]) | sel[234]), ((~ nose[233]) | sel[233]), ((~ nose[232]) | sel[232]), ((~ nose[231]) | sel[231]), ((~ nose[230]) | sel[230]), ((~ nose[229]) | sel[229]), ((~ nose[228]) | sel[228]), ((~ nose[227]) | sel[227]), ((~ nose[226]) | sel[226]), ((~ nose[225]) | sel[225]), ((~ nose[224]) | sel[224]), ((~ nose[223]) | sel[223]), ((~ nose[222]) | sel[222]), ((~ nose[221]) | sel[221]), ((~ nose[220]) | sel[220]), ((~ nose[219]) | sel[219]), ((~ nose[218]) | sel[218]), ((~ nose[217]) | sel[217]), ((~ nose[216]) | sel[216]), ((~ nose[215]) | sel[215]), ((~ nose[214]) | sel[214]), ((~ nose[213]) | sel[213]), ((~ nose[212]) | sel[212]), ((~ nose[211]) | sel[211]), ((~ nose[210]) | sel[210]), ((~ nose[209]) | sel[209]), ((~ nose[208]) | sel[208]), ((~ nose[207]) | sel[207]), ((~ nose[206]) | sel[206]), ((~ nose[205]) | sel[205]), ((~ nose[204]) | sel[204]), ((~ nose[203]) | sel[203]), ((~ nose[202]) | sel[202]), ((~ nose[201]) | sel[201]), ((~ nose[200]) | sel[200]), ((~ nose[199]) | sel[199]
), ((~ nose[198]) | sel[198]), ((~ nose[197]) | sel[197]), ((~ nose[196]) | sel[196]), ((~ nose[195]) | sel[195]), ((~ nose[194]) | sel[194]), ((~ nose[193]) | sel[193]), ((~ nose[192]) | sel[192]), ((~ nose[191]) | sel[191]), ((~ nose[190]) | sel[190]), ((~ nose[189]) | sel[189]), ((~ nose[188]) | sel[188]), ((~ nose[187]) | sel[187]), ((~ nose[186]) | sel[186]), ((~ nose[185]) | sel[185]), ((~ nose[184]) | sel[184]), ((~ nose[183]) | sel[183]), ((~ nose[182]) | sel[182]), ((~ nose[181]) | sel[181]), ((~ nose[180]) | sel[180]), ((~ nose[179]) | sel[179]), ((~ nose[178]) | sel[178]), ((~ nose[177]) | sel[177]), ((~ nose[176]) | sel[176]), ((~ nose[175]) | sel[175]), ((~ nose[174]) | sel[174]), ((~ nose[173]) | sel[173]), ((~ nose[172]) | sel[172]), ((~ nose[171]) | sel[171]), ((~ nose[170]) | sel[170]), ((~ nose[169]) | sel[169]), ((~ nose[168]) | sel[168]), ((~ nose[167]) | sel[167]), ((~ nose[166]) | sel[166]), ((~ nose[165]) | sel[165]), ((~ nose[164]) | sel[164]), ((~ nose[163]) | sel[163]), ((~ nose[162]) | sel[162]), ((~ nose[161]) | sel[161]), ((~ nose[160]) | sel[160]), ((~ nose[159]) | sel[159]), ((~ nose[158]) | sel[158]), ((~ nose[157]) | sel[157]), ((~ nose[156]) | sel[156]), ((~ nose[155]) | sel[155]), ((~ nose[154]) | sel[154]), ((~ nose[153]) | sel[153]), ((~ nose[152]) | sel[152]), ((~ nose[151]) | sel[151]), ((~ nose[150]) | sel[150]), ((~ nose[149]) | sel[149]), ((~ nose[148]) | sel[148]), ((~ nose[147]) | sel[147]), ((~ nose[146]) | sel[146]), ((~ nose[145]) | sel[145]), ((~ nose[144]) | sel[144]), ((~ nose[143]) | sel[143]), ((~ nose[142]) | sel[142]), ((~ nose[141]) | sel[141]), ((~ nose[140]) | sel[140]), ((~ nose[139]) | sel[139]), ((~ nose[138]) | sel[138]), ((~ nose[137]) | sel[137]), ((~ nose[136]) | sel[136]), ((~ nose[135]) | sel[135]), ((~ nose[134]) | sel[134]), ((~ nose[133]) | sel[133]), ((~ nose[132]) | sel[132]), ((~ nose[131]) | sel[131]), ((~ nose[130]) | sel[130]), ((~ nose[129]) | sel[129]), ((~ nose[128]) | sel[128]), ((~ nose[127]) | sel[127]), ((~ nose[126]) | sel[126]), (
(~ nose[125]) | sel[125]), ((~ nose[124]) | sel[124]), ((~ nose[123]) | sel[123]), ((~ nose[122]) | sel[122]), ((~ nose[121]) | sel[121]), ((~ nose[120]) | sel[120]), ((~ nose[119]) | sel[119]), ((~ nose[118]) | sel[118]), ((~ nose[117]) | sel[117]), ((~ nose[116]) | sel[116]), ((~ nose[115]) | sel[115]), ((~ nose[114]) | sel[114]), ((~ nose[113]) | sel[113]), ((~ nose[112]) | sel[112]), ((~ nose[111]) | sel[111]), ((~ nose[110]) | sel[110]), ((~ nose[109]) | sel[109]), ((~ nose[108]) | sel[108]), ((~ nose[107]) | sel[107]), ((~ nose[106]) | sel[106]), ((~ nose[105]) | sel[105]), ((~ nose[104]) | sel[104]), ((~ nose[103]) | sel[103]), ((~ nose[102]) | sel[102]), ((~ nose[101]) | sel[101]), ((~ nose[100]) | sel[100]), ((~ nose[99]) | sel[99]), ((~ nose[98]) | sel[98]), ((~ nose[97]) | sel[97]), ((~ nose[96]) | sel[96]), ((~ nose[95]) | sel[95]), ((~ nose[94]) | sel[94]), ((~ nose[93]) | sel[93]), ((~ nose[92]) | sel[92]), ((~ nose[91]) | sel[91]), ((~ nose[90]) | sel[90]), ((~ nose[89]) | sel[89]), ((~ nose[88]) | sel[88]), ((~ nose[87]) | sel[87]), ((~ nose[86]) | sel[86]), ((~ nose[85]) | sel[85]), ((~ nose[84]) | sel[84]), ((~ nose[83]) | sel[83]), ((~ nose[82]) | sel[82]), ((~ nose[81]) | sel[81]), ((~ nose[80]) | sel[80]), ((~ nose[79]) | sel[79]), ((~ nose[78]) | sel[78]), ((~ nose[77]) | sel[77]), ((~ nose[76]) | sel[76]), ((~ nose[75]) | sel[75]), ((~ nose[74]) | sel[74]), ((~ nose[73]) | sel[73]), ((~ nose[72]) | sel[72]), ((~ nose[71]) | sel[71]), ((~ nose[70]) | sel[70]), ((~ nose[69]) | sel[69]), ((~ nose[68]) | sel[68]), ((~ nose[67]) | sel[67]), ((~ nose[66]) | sel[66]), ((~ nose[65]) | sel[65]), ((~ nose[64]) | sel[64]), ((~ nose[63]) | sel[63]), ((~ nose[62]) | sel[62]), ((~ nose[61]) | sel[61]), ((~ nose[60]) | sel[60]), ((~ nose[59]) | sel[59]), ((~ nose[58]) | sel[58]), ((~ nose[57]) | sel[57]), ((~ nose[56]) | sel[56]), ((~ nose[55]) | sel[55]), ((~ nose[54]) | sel[54]), ((~ nose[53]) | sel[53]), ((~ nose[52]) | sel[52]), ((~ nose[51]) | sel[51]), ((~ nose[50]) | sel[50]), ((~ nose[49]) | sel[49]
), ((~ nose[48]) | sel[48]), ((~ nose[47]) | sel[47]), ((~ nose[46]) | sel[46]), ((~ nose[45]) | sel[45]), ((~ nose[44]) | sel[44]), ((~ nose[43]) | sel[43]), ((~ nose[42]) | sel[42]), ((~ nose[41]) | sel[41]), ((~ nose[40]) | sel[40]), ((~ nose[39]) | sel[39]), ((~ nose[38]) | sel[38]), ((~ nose[37]) | sel[37]), ((~ nose[36]) | sel[36]), ((~ nose[35]) | sel[35]), ((~ nose[34]) | sel[34]), ((~ nose[33]) | sel[33]), ((~ nose[32]) | sel[32]), ((~ nose[31]) | sel[31]), ((~ nose[30]) | sel[30]), ((~ nose[29]) | sel[29]), ((~ nose[28]) | sel[28]), ((~ nose[27]) | sel[27]), ((~ nose[26]) | sel[26]), ((~ nose[25]) | sel[25]), ((~ nose[24]) | sel[24]), ((~ nose[23]) | sel[23]), ((~ nose[22]) | sel[22]), ((~ nose[21]) | sel[21]), ((~ nose[20]) | sel[20]), ((~ nose[19]) | sel[19]), ((~ nose[18]) | sel[18]), ((~ nose[17]) | sel[17]), ((~ nose[16]) | sel[16]), ((~ nose[15]) | sel[15]), ((~ nose[14]) | sel[14]), ((~ nose[13]) | sel[13]), ((~ nose[12]) | sel[12]), ((~ nose[11]) | sel[11]), ((~ nose[10]) | sel[10]), ((~ nose[9]) | sel[9]), ((~ nose[8]) | sel[8]), ((~ nose[7]) | sel[7]), ((~ nose[6]) | sel[6]), ((~ nose[5]) | sel[5]), ((~ nose[4]) | sel[4]), ((~ nose[3]) | sel[3]), ((~ nose[2]) | sel[2]), ((~ nose[1]) | sel[1]), ((~ nose[0]) | sel[0])},
		StageIn = StageIn_tmp,
		StageIn_tmp = {StageOut[255:0], {16{1'b0}}},
		StageOut = {(({StageIn[254:240], NumeratorIn[240]} & {16{selnose[255]}}) | (prestg[255:240] & {16{(~ selnose[255])}})), (({StageIn[238:224], NumeratorIn[225]} & {16{selnose[238]}}) | (prestg[239:224] & {16{(~ selnose[238])}})), (({StageIn[222:208], NumeratorIn[210]} & {16{selnose[221]}}) | (prestg[223:208] & {16{(~ selnose[221])}})), (({StageIn[206:192], NumeratorIn[195]} & {16{selnose[204]}}) | (prestg[207:192] & {16{(~ selnose[204])}})), (({StageIn[190:176], NumeratorIn[180]} & {16{selnose[187]}}) | (prestg[191:176] & {16{(~ selnose[187])}})), (({StageIn[174:160], NumeratorIn[165]} & {16{selnose[170]}}) | (prestg[175:160] & {16{(~ selnose[170])}})), (({StageIn[158:144], NumeratorIn[150]} & {16{selnose[153]}}) | (prestg[159:144] & {16{(~ selnose[153])}})), (({StageIn[142:128], NumeratorIn[135]} & {16{selnose[136]}}) | (prestg[143:128] & {16{(~ selnose[136])}})), (({StageIn[126:112], NumeratorIn[120]} & {16{selnose[119]}}) | (prestg[127:112] & {16{(~ selnose[119])}})), (({StageIn[110:96], NumeratorIn[105]} & {16{selnose[102]}}) | (prestg[111:96] & {16{(~ selnose[102])}})), (({StageIn[94:80], NumeratorIn[90]} & {16{selnose[85]}}) | (prestg[95:80] & {16{(~ selnose[85])}})), (({StageIn[78:64], NumeratorIn[75]} & {16{selnose[68]}}) | (prestg[79:64] & {16{(~ selnose[68])}})), (({StageIn[62:48], NumeratorIn[60]} & {16{selnose[51]}}) | (prestg[63:48] & {16{(~ selnose[51])}})), (({StageIn[46:32], NumeratorIn[45]} & {16{selnose[34]}}) | (prestg[47:32] & {16{(~ selnose[34])}})), (({StageIn[30:16], NumeratorIn[30]} & {16{selnose[17]}}) | (prestg[31:16] & {16{(~ selnose[17])}})), (({StageIn[14:0], NumeratorIn[15]} & {16{selnose[0]}}) | (prestg[15:0] & {16{(~ selnose[0])}}))};
endmodule //peak_divide_alt_u_div

//synthesis_resources = lut 152 
//synopsys translate_off
`timescale 1 ps / 1 ps
//synopsys translate_on
module  peak_divide_sign_div_unsign
	( 
	denominator,
	numerator,
	quotient,
	remainder) /* synthesis synthesis_clearbox=1 */;
	input   [15:0]  denominator;
	input   [15:0]  numerator;
	output   [15:0]  quotient;
	output   [15:0]  remainder;

	wire  [15:0]   wire_divider_quotient;
	wire  [15:0]   wire_divider_remainder;
	wire  [15:0]  norm_num;
	wire  [15:0]  protect_quotient;
	wire  [15:0]  protect_remainder;

	peak_divide_alt_u_div   divider
	( 
	.denominator(denominator),
	.numerator(norm_num),
	.quotient(wire_divider_quotient),
	.remainder(wire_divider_remainder));
	assign
		norm_num = numerator,
		protect_quotient = wire_divider_quotient,
		protect_remainder = wire_divider_remainder,
		quotient = protect_quotient,
		remainder = protect_remainder;
endmodule //peak_divide_sign_div_unsign

//synthesis_resources = lut 152 
//synopsys translate_off
`timescale 1 ps / 1 ps
//synopsys translate_on
module  peak_divide_lpm_divide
	( 
	denom,
	numer,
	quotient,
	remain) /* synthesis synthesis_clearbox=1 */;
	input   [15:0]  denom;
	input   [15:0]  numer;
	output   [15:0]  quotient;
	output   [15:0]  remain;

	wire  [15:0]   wire_divider_quotient;
	wire  [15:0]   wire_divider_remainder;
	wire  [15:0]  numer_tmp;

	peak_divide_sign_div_unsign   divider
	( 
	.denominator(denom),
	.numerator(numer_tmp),
	.quotient(wire_divider_quotient),
	.remainder(wire_divider_remainder));
	assign
		numer_tmp = numer,
		quotient = wire_divider_quotient,
		remain = wire_divider_remainder;
endmodule //peak_divide_lpm_divide
//VALID FILE


// synopsys translate_off
`timescale 1 ps / 1 ps
// synopsys translate_on
module peak_divide (
	denom,
	numer,
	quotient,
	remain)/* synthesis synthesis_clearbox = 1 */;

	input	[15:0]  denom;
	input	[15:0]  numer;
	output	[15:0]  quotient;
	output	[15:0]  remain;

	wire [15:0] sub_wire0;
	wire [15:0] sub_wire1;
	wire [15:0] quotient = sub_wire0[15:0];
	wire [15:0] remain = sub_wire1[15:0];

	peak_divide_lpm_divide	peak_divide_lpm_divide_component (
				.denom (denom),
				.numer (numer),
				.quotient (sub_wire0),
				.remain (sub_wire1));

endmodule

// ============================================================
// CNX file retrieval info
// ============================================================
// Retrieval info: PRIVATE: INTENDED_DEVICE_FAMILY STRING "Cyclone V"
// Retrieval info: PRIVATE: PRIVATE_LPM_REMAINDERPOSITIVE STRING "TRUE"
// Retrieval info: PRIVATE: PRIVATE_MAXIMIZE_SPEED NUMERIC "6"
// Retrieval info: PRIVATE: SYNTH_WRAPPER_GEN_POSTFIX STRING "1"
// Retrieval info: PRIVATE: USING_PIPELINE NUMERIC "0"
// Retrieval info: PRIVATE: VERSION_NUMBER NUMERIC "2"
// Retrieval info: PRIVATE: new_diagram STRING "1"
// Retrieval info: LIBRARY: lpm lpm.lpm_components.all
// Retrieval info: CONSTANT: LPM_DREPRESENTATION STRING "UNSIGNED"
// Retrieval info: CONSTANT: LPM_HINT STRING "MAXIMIZE_SPEED=6,LPM_REMAINDERPOSITIVE=TRUE"
// Retrieval info: CONSTANT: LPM_NREPRESENTATION STRING "UNSIGNED"
// Retrieval info: CONSTANT: LPM_TYPE STRING "LPM_DIVIDE"
// Retrieval info: CONSTANT: LPM_WIDTHD NUMERIC "16"
// Retrieval info: CONSTANT: LPM_WIDTHN NUMERIC "16"
// Retrieval info: USED_PORT: denom 0 0 16 0 INPUT NODEFVAL "denom[15..0]"
// Retrieval info: USED_PORT: numer 0 0 16 0 INPUT NODEFVAL "numer[15..0]"
// Retrieval info: USED_PORT: quotient 0 0 16 0 OUTPUT NODEFVAL "quotient[15..0]"
// Retrieval info: USED_PORT: remain 0 0 16 0 OUTPUT NODEFVAL "remain[15..0]"
// Retrieval info: CONNECT: @denom 0 0 16 0 denom 0 0 16 0
// Retrieval info: CONNECT: @numer 0 0 16 0 numer 0 0 16 0
// Retrieval info: CONNECT: quotient 0 0 16 0 @quotient 0 0 16 0
// Retrieval info: CONNECT: remain 0 0 16 0 @remain 0 0 16 0
// Retrieval info: GEN_FILE: TYPE_NORMAL peak_divide.v TRUE
// Retrieval info: GEN_FILE: TYPE_NORMAL peak_divide.inc TRUE
// Retrieval info: GEN_FILE: TYPE_NORMAL peak_divide.cmp TRUE
// Retrieval info: GEN_FILE: TYPE_NORMAL peak_divide.bsf TRUE
// Retrieval info: GEN_FILE: TYPE_NORMAL peak_divide_inst.v TRUE
// Retrieval info: GEN_FILE: TYPE_NORMAL peak_divide_bb.v TRUE
// Retrieval info: GEN_FILE: TYPE_NORMAL peak_divide_syn.v TRUE
// Retrieval info: LIB_FILE: lpm